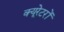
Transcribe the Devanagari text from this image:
क्यूरेटरों